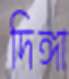
দিঙ্গা